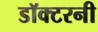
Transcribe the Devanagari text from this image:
डॉक्टरनी